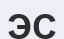
ЭС